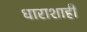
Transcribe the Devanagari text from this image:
धाराशाही